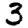
Digit: 3